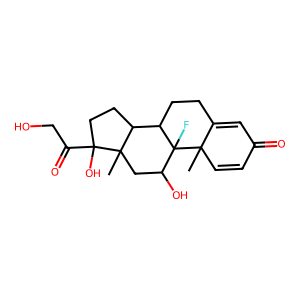
SMILES: CC12C=CC(=O)C=C1CCC1C3CCC(O)(C(=O)CO)C3(C)CC(O)C12F
Inhibits HIV replication: No